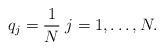
LaTeX: \begin{align*}q_j = \frac{1}{N}\;j = 1, \dots, N.\end{align*}